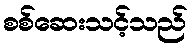
စစ်ဆေးသင့်သည်